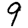
Digit: 9